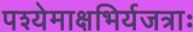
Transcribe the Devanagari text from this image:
पश्येमाक्षभिर्यजत्राः